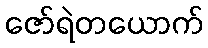
ဇော်ရဲတယောက်